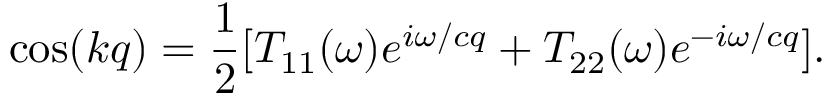
\cos ( k q ) = \frac { 1 } { 2 } [ T _ { 1 1 } ( \omega ) e ^ { i \omega / c q } + T _ { 2 2 } ( \omega ) e ^ { - i \omega / c q } ] .